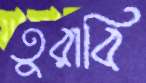
তুরাবি